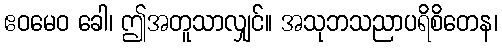
ဧဝမေဝ ခေါ၊ ဤအတူသာလျှင်။ အသုဘသညာပရိစိတေန၊